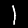
Digit: 1